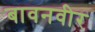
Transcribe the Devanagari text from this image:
बावनवीर